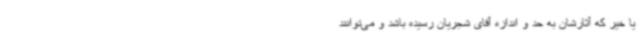
یا خیر که آثارشان به حد و اندازه آقای شجریان رسیده باشد و می‌توانند